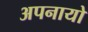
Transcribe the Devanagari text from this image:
अपनायो